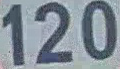
120